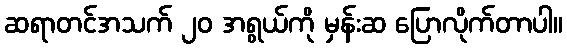
ဆရာတင်အသက် ၂၀ အရွယ်ကို မှန်းဆ ပြောလိုက်တာပါ။